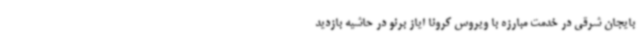
بایجان شرقی در خدمت مبارزه با ویروس کرونا ایاز برنو در حاشیه بازدید